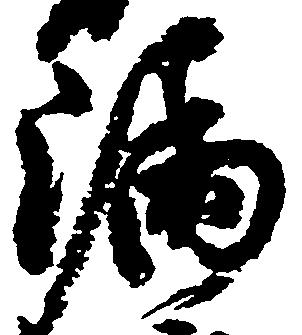
漏